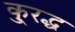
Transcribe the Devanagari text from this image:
कु्रद्ध